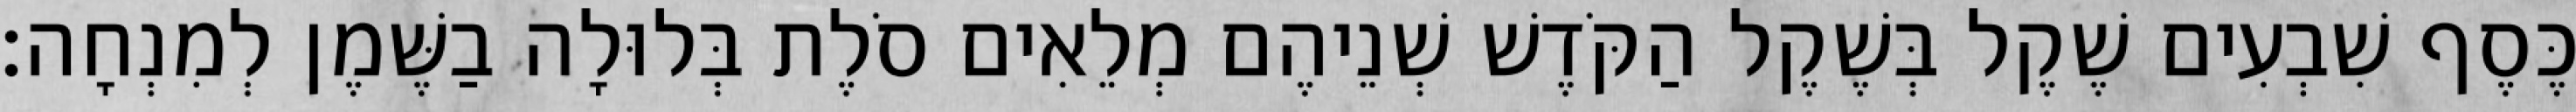
כֶּסֶף שִׁבְעִים שֶׁקֶל בְּשֶׁקֶל הַקֹּדֶשׁ שְׁנֵיהֶם מְלֵאִים סֹלֶת בְּלוּלָה בַשֶּׁמֶן לְמִנְחָה׃